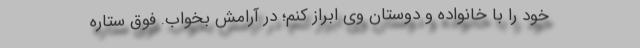
خود را با خانواده و دوستان وی ابراز کنم؛ در آرامش بخواب. فوق ستاره